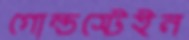
গোল্ডস্টেইন